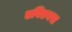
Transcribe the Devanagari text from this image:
एविएनस